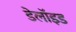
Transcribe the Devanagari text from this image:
डेलॉइड